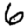
Digit: 6